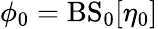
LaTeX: \phi_{0}=\mathrm{BS}_{0}[\eta_{0}]